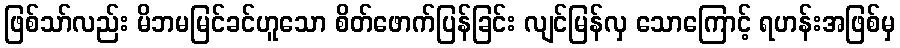
ဖြစ်သာ်လည်း မိဘမမြင်ခင်ဟူသော စိတ်ဖောက်ပြန်ခြင်း လျင်မြန်လှ သောကြောင့် ရဟန်းအဖြစ်မှ